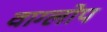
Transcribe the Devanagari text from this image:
वाग्लोप